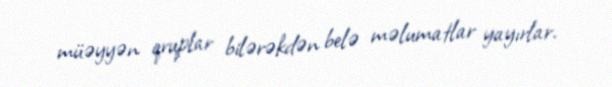
müəyyən qruplar bilərəkdən belə məlumatlar yayırlar.